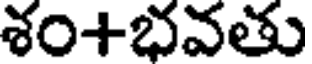
శం+భవతు